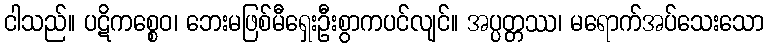
ငါသည်။ ပဋိကစ္စေဝ၊ ဘေးမဖြစ်မီရှေးဦးစွာကပင်လျင်။ အပ္ပတ္တဿ၊ မရောက်အပ်သေးသော